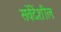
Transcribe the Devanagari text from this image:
सवेंदेंशील